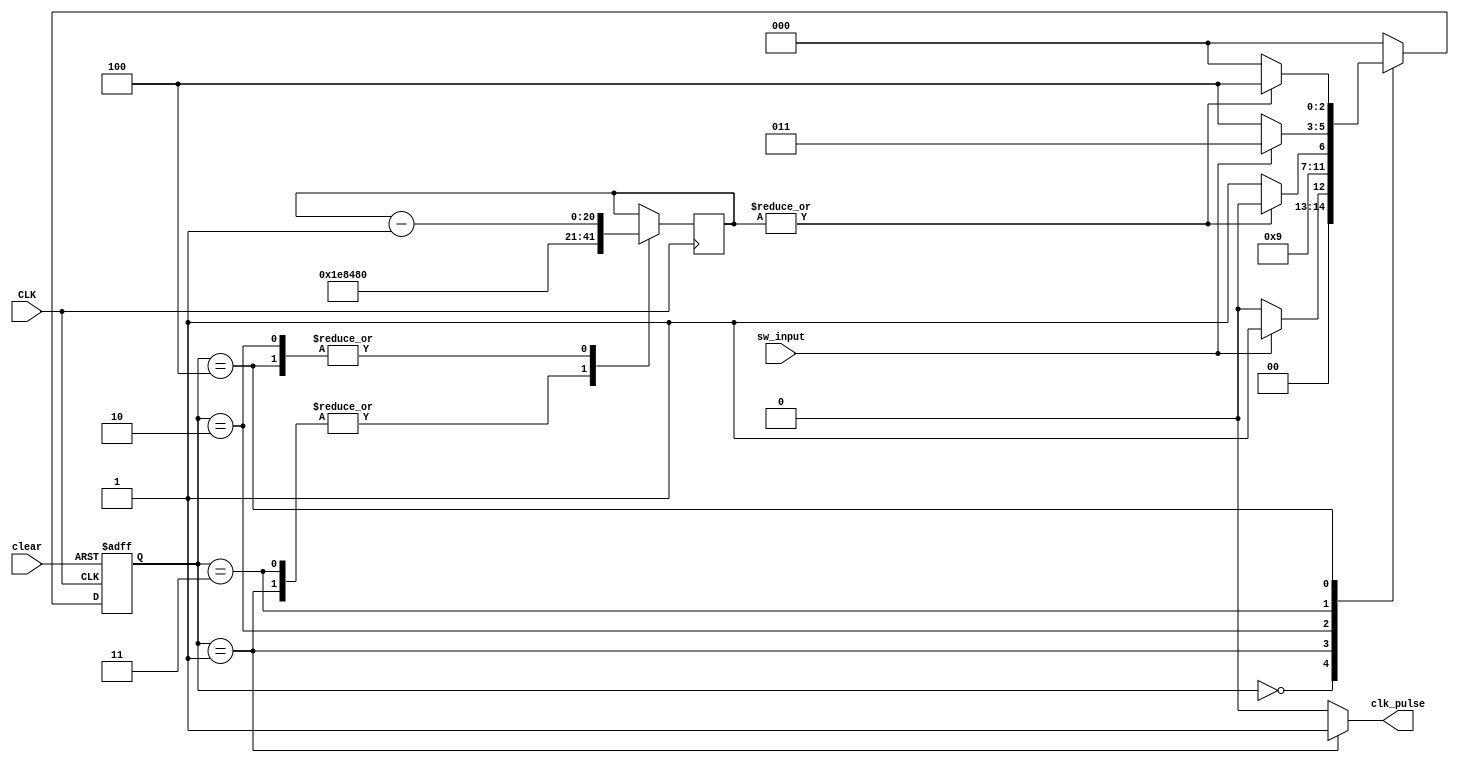


module pulse_controller(
	input CLK, sw_input, clear,
	output reg clk_pulse );

	 reg [2:0] state, nextstate;
	 reg [20:0] CNT; 
	 wire cnt_zero; 

	always @ (posedge CLK, posedge clear)
	   if(clear)
	    	state <=3'b000;
	   else
	    	state <= nextstate;

	always @ (sw_input, state, cnt_zero)
          case (state)
             3'b000: begin if (sw_input) nextstate = 3'b001; 
                           else nextstate = 3'b000; clk_pulse = 0; end	     
             3'b001: begin nextstate = 3'b010; clk_pulse = 1; end
             3'b010: begin if (cnt_zero) nextstate = 3'b011; 
                           else nextstate = 3'b010; clk_pulse = 0; end
             3'b011: begin if (sw_input) nextstate = 3'b011; 
                           else nextstate = 3'b100; clk_pulse = 0; end
             3'b100: begin if (cnt_zero) nextstate = 3'b000; 
                           else nextstate = 3'b100; clk_pulse = 0; end
            default: begin nextstate = 3'b000; clk_pulse = 0; end
          endcase

	always @(posedge CLK)
	   case(state)
		3'b001: CNT <= 2000000;
		3'b010: CNT <= CNT-1;
		3'b011: CNT <= 2000000;
		3'b100: CNT <= CNT-1;
	   endcase

//  reduction operator |CNT gives the OR of all bits in the CNT register	
	assign cnt_zero = ~|CNT;

endmodule